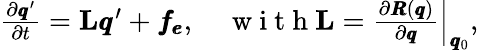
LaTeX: \begin{array}{r}{\frac{\partial\pmb q^{\prime}}{\partial t}=\mathbf{L}\pmb q^{\prime}+\pmb{f_{e}},\quad\mathrm{~w~i~t~h~}\mathbf{L}=\left.\frac{\partial\pmb{R}(\pmb q)}{\partial\pmb q}\right|_{\pmb q_{0}},}\end{array}